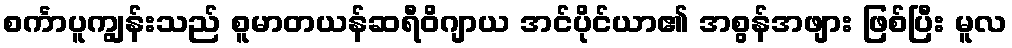
စင်္ကာပူကျွန်းသည် စူမာတယန်ဆရီဝိဂျာယ အင်ပိုင်ယာ၏ အစွန်အဖျား ဖြစ်ပြီး မူလ